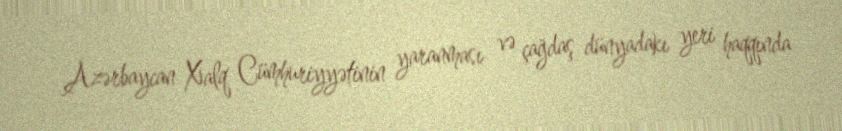
Azərbaycan Xalq Cümhuriyyətinin yaranması və çağdaş dünyadakı yeri haqqında